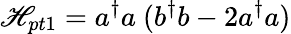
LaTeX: \mathscr{H}_{pt1}=a^{\dagger}a\ (b^{\dagger}b-2a^{\dagger}a)